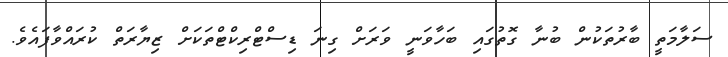
ސަލާމަތީ ބާރުތަކުން ބުނާ ގޮތުގައި ބަހާވަނީ ވަރަށް ގިނަ ޑިސްޓްރިކްޓްތަކަށް ޒިޔާރަތް ކުރައްވާފައެވެ.